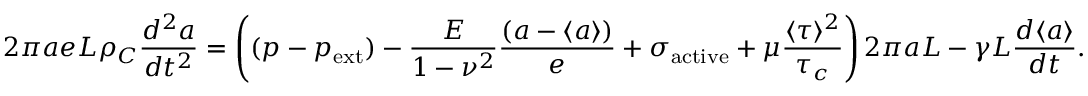
2 \pi a e L \rho _ { C } \frac { d ^ { 2 } a } { d t ^ { 2 } } = \left( ( p - p _ { \mathrm { e x t } } ) - \frac { E } { 1 - \nu ^ { 2 } } \frac { \left( a - \langle a \rangle \right) } { e } + \sigma _ { \mathrm { a c t i v e } } + \mu \frac { \langle \tau \rangle ^ { 2 } } { \tau _ { c } } \right) 2 \pi a L - \gamma L \frac { d \langle a \rangle } { d t } .